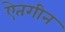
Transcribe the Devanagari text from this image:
ऐतगीन